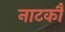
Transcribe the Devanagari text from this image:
नाटकौं